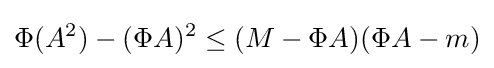
\Phi (A^{2})-(\Phi A)^{2}\leq (M-\Phi A)(\Phi A-m)